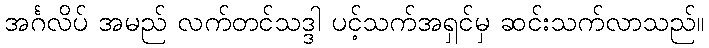
အင်္ဂလိပ် အမည် လက်တင်သဒ္ဒါ ပင့်သက်အရှင်မှ ဆင်းသက်လာသည်။